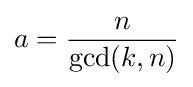
a={\frac {n}{\gcd(k,n)}}